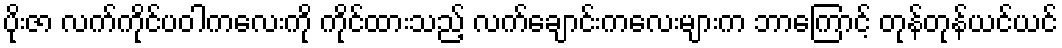
ပိုးဇာ လက်ကိုင်ပဝါကလေးကို ကိုင်ထားသည့် လက်ချောင်းကလေးများက ဘာကြောင့် တုန်တုန်ယင်ယင်